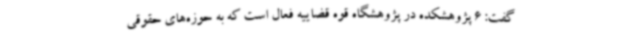
گفت: 6 پژوهشکده در پژوهشگاه قوه قضاییه فعال است که به حوزه‌های حقوقی